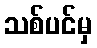
သစ်ပင်မှ